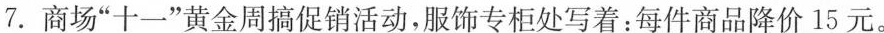
7.商场”十一”黄金周搞促销活动，服饰专柜处写着：每件商品降价15元。